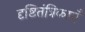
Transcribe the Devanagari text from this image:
दृष्टितंत्रिकाएँ